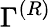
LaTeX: {\Gamma}^{\left(R\right)}